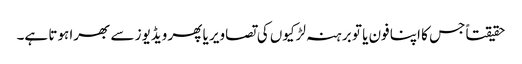
حقیقتاً جس کا اپنا فون یا تو برہنہ لڑکیوں کی تصاویر یا پھر ویڈیوز سے بھرا ہوتا ہے۔